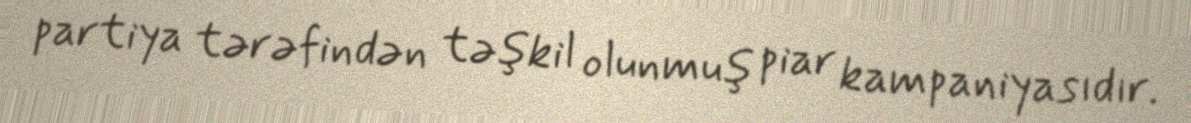
partiya tərəfindən təşkil olunmuş piar kampaniyasıdır.